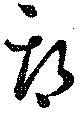
期